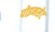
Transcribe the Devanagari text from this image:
पोइनसेट